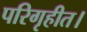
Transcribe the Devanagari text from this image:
परिगृहीत।